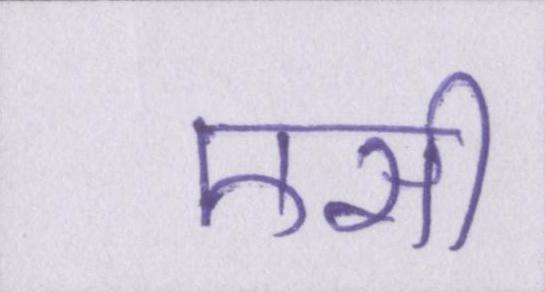
एसी